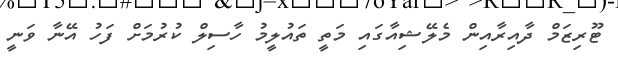
ޓޫރިޒަމް ދާއިރާއިން މެލޭޝިއާގައި މަތީ ތައުލީމު ހާސިލް ކުރުމަށް ފަހު އޭނާ ވަނީ